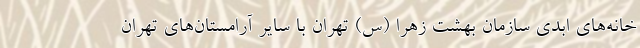
خانه‌های ابدی سازمان بهشت زهرا (س) تهران با سایر آرامستان‌های تهران